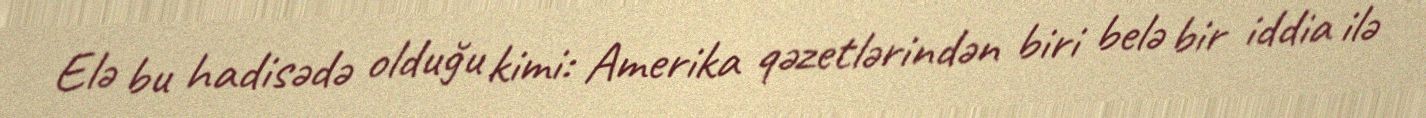
Elə bu hadisədə olduğu kimi: Amerika qəzetlərindən biri belə bir iddia ilə